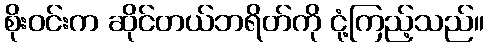
စိုးဝင်းက ဆိုင်တယ်ဘရိတ်ကို ငုံ့ကြည့်သည်။